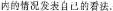
内的情况发表自己的看法